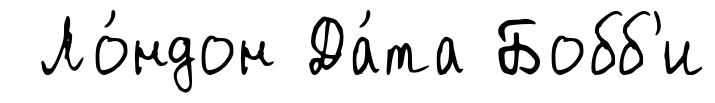
Ло́ндон Да́та Бобб'и